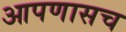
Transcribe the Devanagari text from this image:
आपणासच